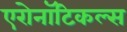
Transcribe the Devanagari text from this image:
एरोनॉटिकल्स